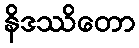
နိဒဿိတော